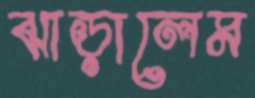
ঝাড়ালেম